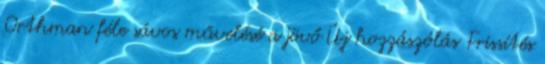
Orthman féle sávos művelésé a jövő Új hozzászólás Frissítés